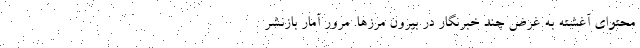
محتوای آغشته به غرض چند خبرنگار در بیرون مرزها. مرور آمارِ بازنشر